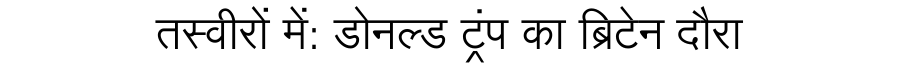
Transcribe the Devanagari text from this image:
तस्वीरों में: डोनल्ड ट्रंप का ब्रिटेन दौरा